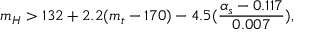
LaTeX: m _ { H } > 1 3 2 + 2 . 2 ( m _ { t } - 1 7 0 ) - 4 . 5 ( \frac { \alpha _ { s } - 0 . 1 1 7 } { 0 . 0 0 7 } ) ,